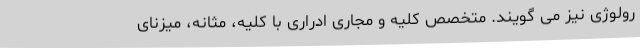
رولوژی نیز می گویند. متخصص کلیه و مجاری ادراری با کلیه، مثانه، میزنای